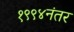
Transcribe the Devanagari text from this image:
१९९४नंतर